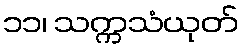
၁၁၊ သက္ကသံယုတ်